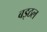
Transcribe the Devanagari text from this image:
बइठल